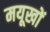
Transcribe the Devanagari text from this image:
मयूखों